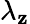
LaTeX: \lambda_{\mathbf{z}}